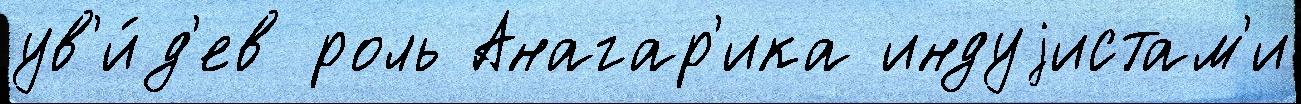
ув'и́д'ев роль Анагар'ика индуjистам'и